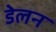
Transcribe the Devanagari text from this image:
डेलन